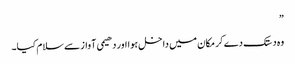
”
وہ دستک دے کر مکان میں داخل ہوا اور دھیمی آواز سے سلام کیا۔